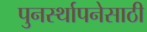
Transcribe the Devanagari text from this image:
पुनर्स्थापनेसाठी